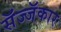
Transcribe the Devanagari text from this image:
सॅज्जॅकार